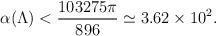
LaTeX: \begin{align*}\alpha(\Lambda)<{103275\pi\over896}\simeq3.62\times10^{2}.\end{align*}